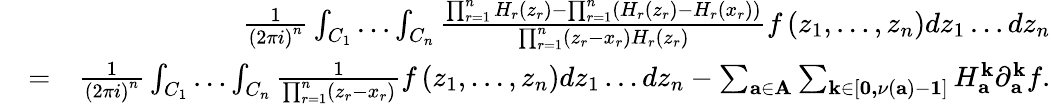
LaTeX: \begin{array}{rlr}&{}&{\frac{1}{\left(2\pi i\right)^{n}}\int_{C_{1}}\dots\int_{C_{n}}\frac{\prod_{r=1}^{n}H_{r}\left(z_{r}\right)-\prod_{r=1}^{n}\left(H_{r}\left(z_{r}\right)-H_{r}\left(x_{r}\right)\right)}{\prod_{r=1}^{n}\left(z_{r}-x_{r}\right)H_{r}\left(z_{r}\right)}f\left(z_{1},\dots,z_{n}\right)dz_{1}\dots dz_{n}}\\ &{=}&{\frac{1}{\left(2\pi i\right)^{n}}\int_{C_{1}}\dots\int_{C_{n}}\frac{1}{\prod_{r=1}^{n}\left(z_{r}-x_{r}\right)}f\left(z_{1},\dots,z_{n}\right)dz_{1}\dots dz_{n}-\sum_{\mathbf{a\in A}}\sum_{\mathbf{k\in}\left[\mathbf{0,}\nu\left(\mathbf{a}\right)-\mathbf{1}\right]}H_{\mathbf{a}}^{\mathbf{k}}\partial_{\mathbf{a}}^{\mathbf{k}}f.}\end{array}